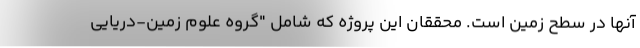
آنها در سطح زمین است. محققان این پروژه که شامل "گروه علوم زمین-دریایی